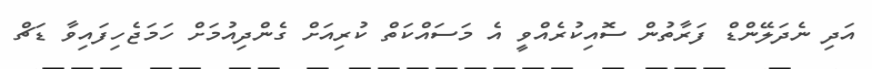
އަދި ނެދަލޭންޑް ފަރާތުން ސޮއިކުރެއްވީ އެ މަސައްކަތް ކުރިއަށް ގެންދިއުމަށް ހަމަޖެހިފައިވާ ޑަޗް